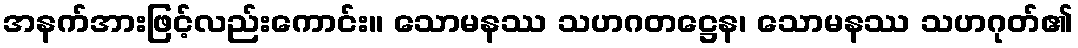
အနက်အားဖြင့်လည်းကောင်း။ သောမနဿ သဟဂတဋ္ဌေန၊ သောမနဿ သဟဂုတ်၏